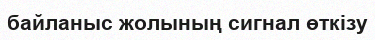
байланыс жолының сигнал өткізу